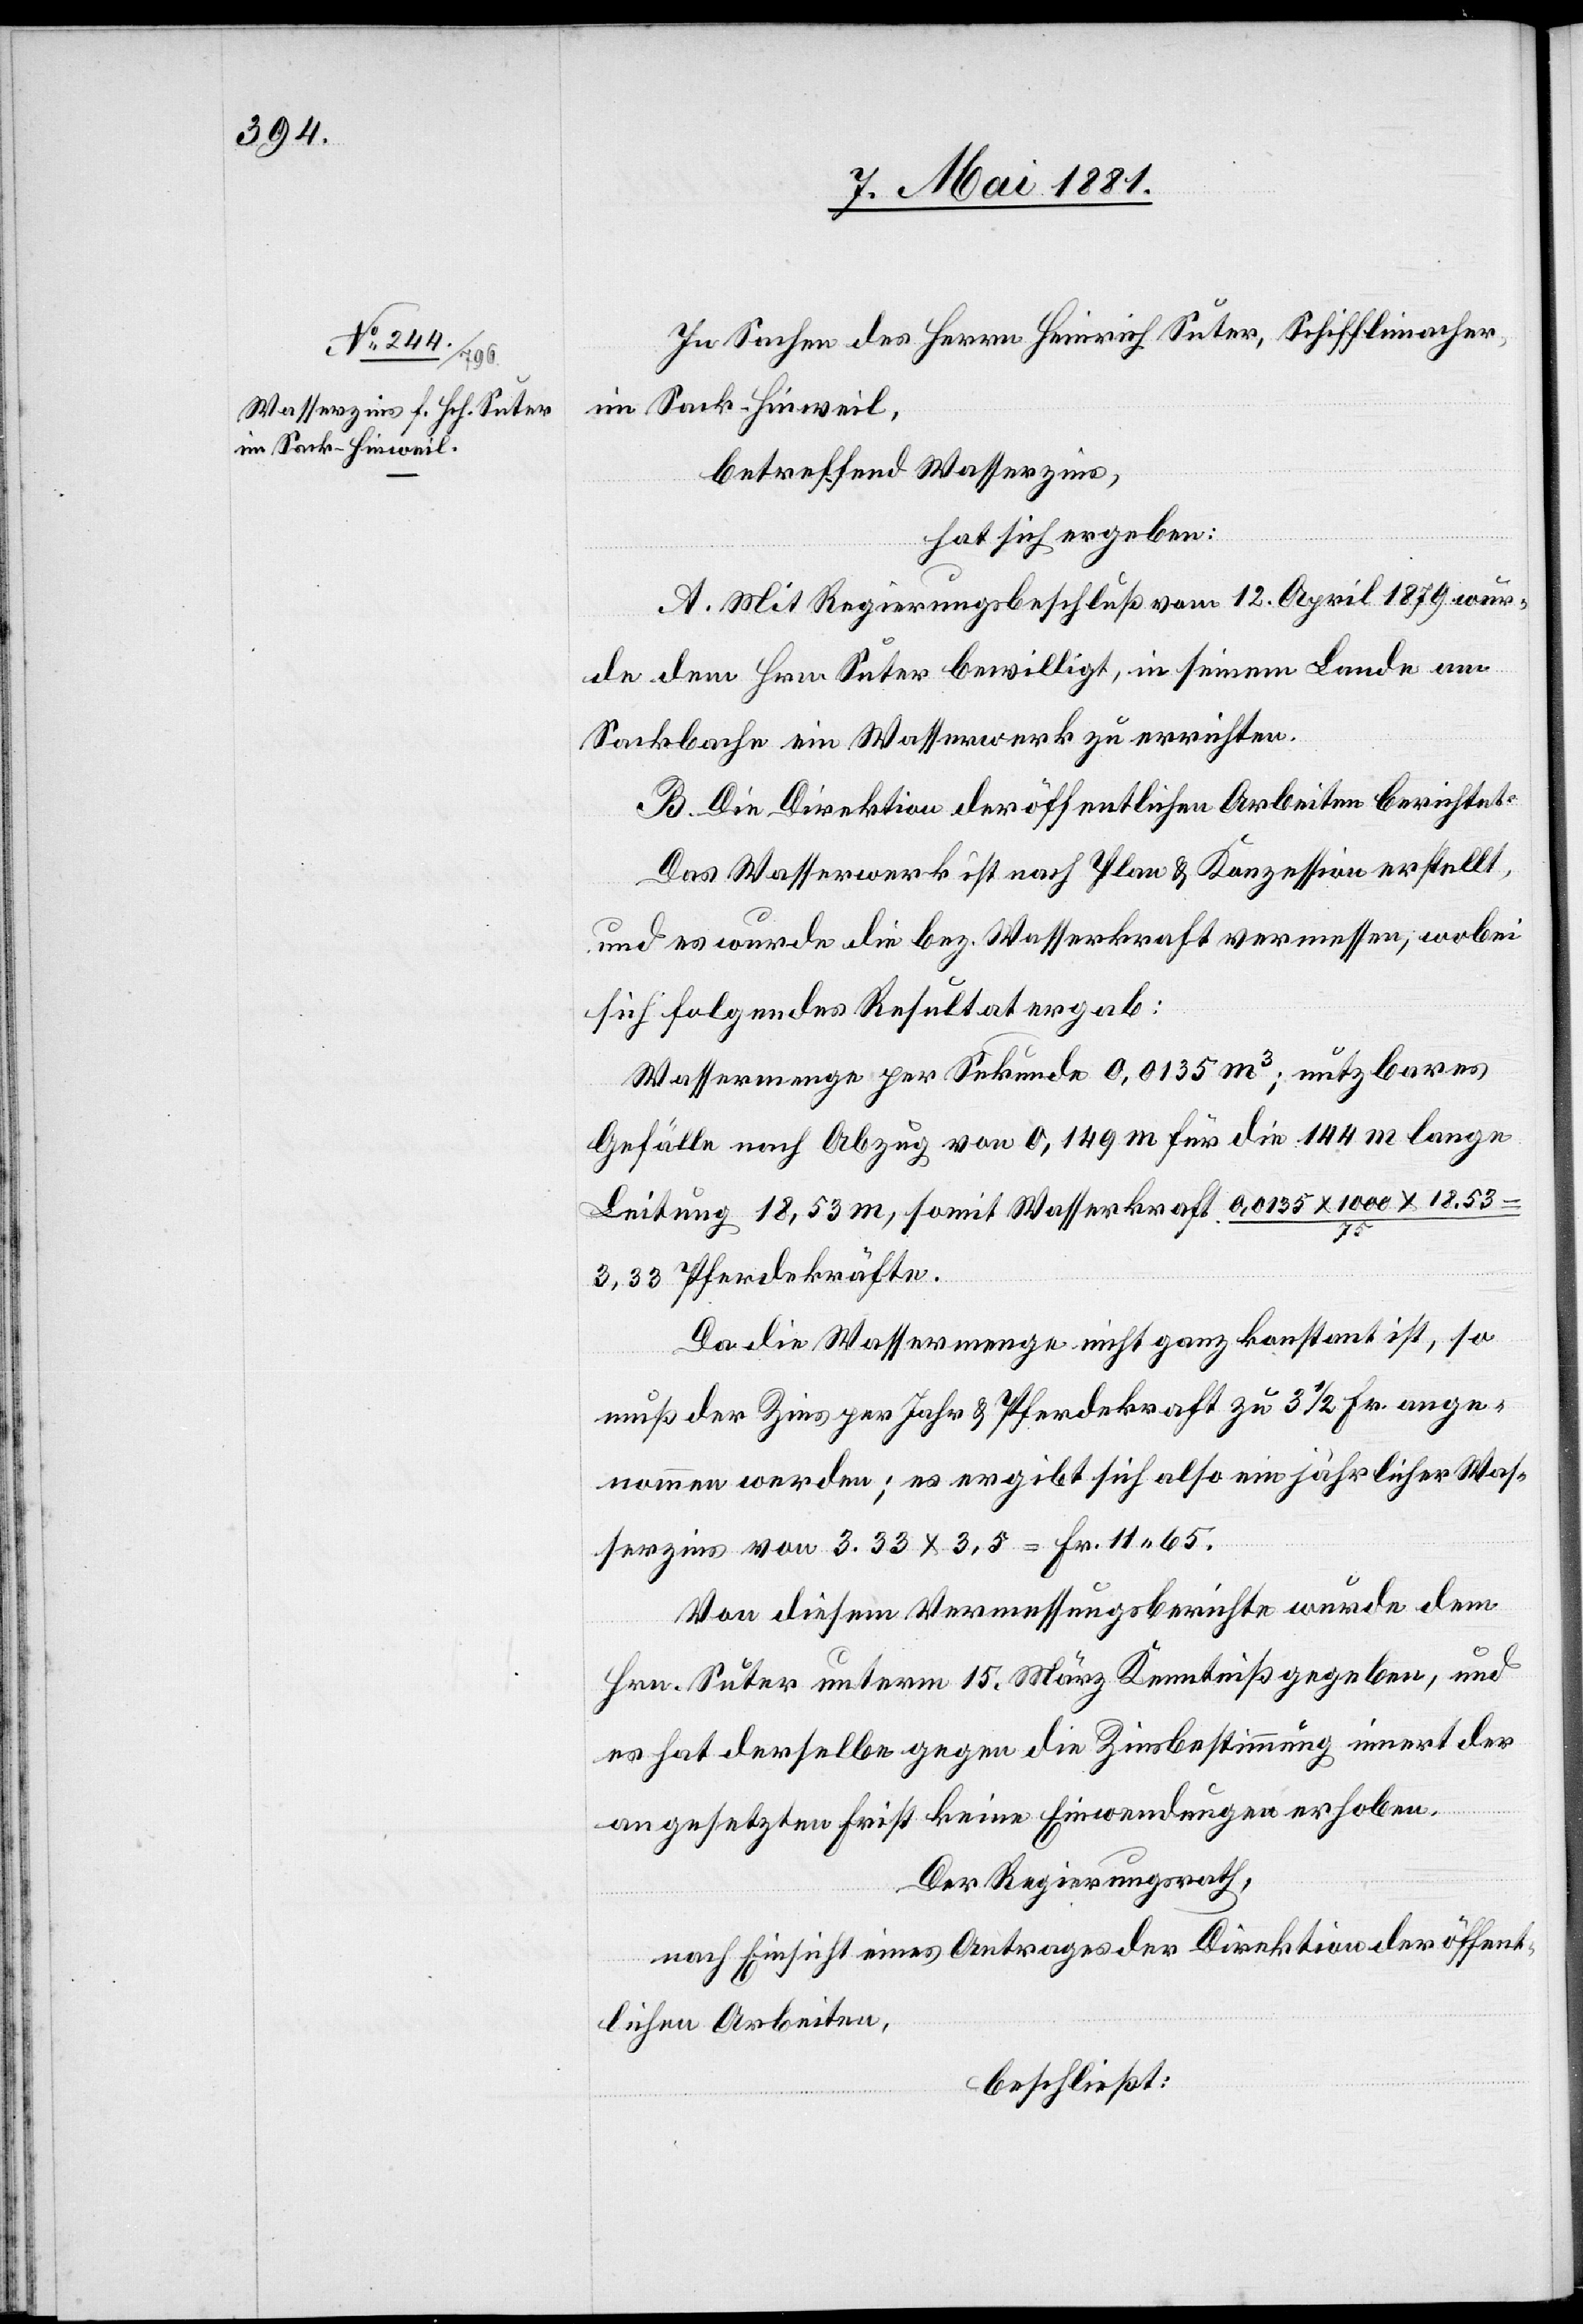
In Sachen des Herrn Heinrich Suter, Schifflimacher,
in Sack - Hinweil,
betreffend Wasserzins,
hat sich ergeben:
A. Mit Regierungsrathsbeschluß vom 12. April 1879 wur¬
de dem Hrn. Suter bewilligt, in seinem Lande am
Sackbache ein Wasserwerk zu errichten.
B. Die Direktion der öffentlichen Arbeiten berichtet:
Das Wasserwerk ist nach Plan & Konzession erstellt,
und es wurde die bez. Wasserkraft vermessen; wobei
sich folgendes Resultat ergab:
Wassermenge per Sekunde 0,0135 m3; nutzbares
Gefälle nach Abzug von 0,149 m für die 144 m lange
Leitung 18,53 m, somit Wasserkraft 0,0135 x 1000 x 18.53
3,33 Pferdestärken.
Da die Wassermenge nicht ganz konstant ist, so
muß der Zins per Jahr & Pferdekraft zu 3 1/2 Fr. ange¬
nommen werden; es ergibt sich also ein jährlicher Was¬
serzins von 3.33 x 3,5 = Fr. 11. 65.
Von diesem Vermessungsberichte wurde dem
Hrn. Suter unterm 15. März Kenntniß gegeben, und
es hat derselbe gegen die Zinsbestimmung innert der
angesetzten Frist keine Einwendungen erhoben.
Der Regierungsrath,
nach Einsicht eines Antrages der Direktion der öffent¬
lichen Arbeiten,
beschließt: